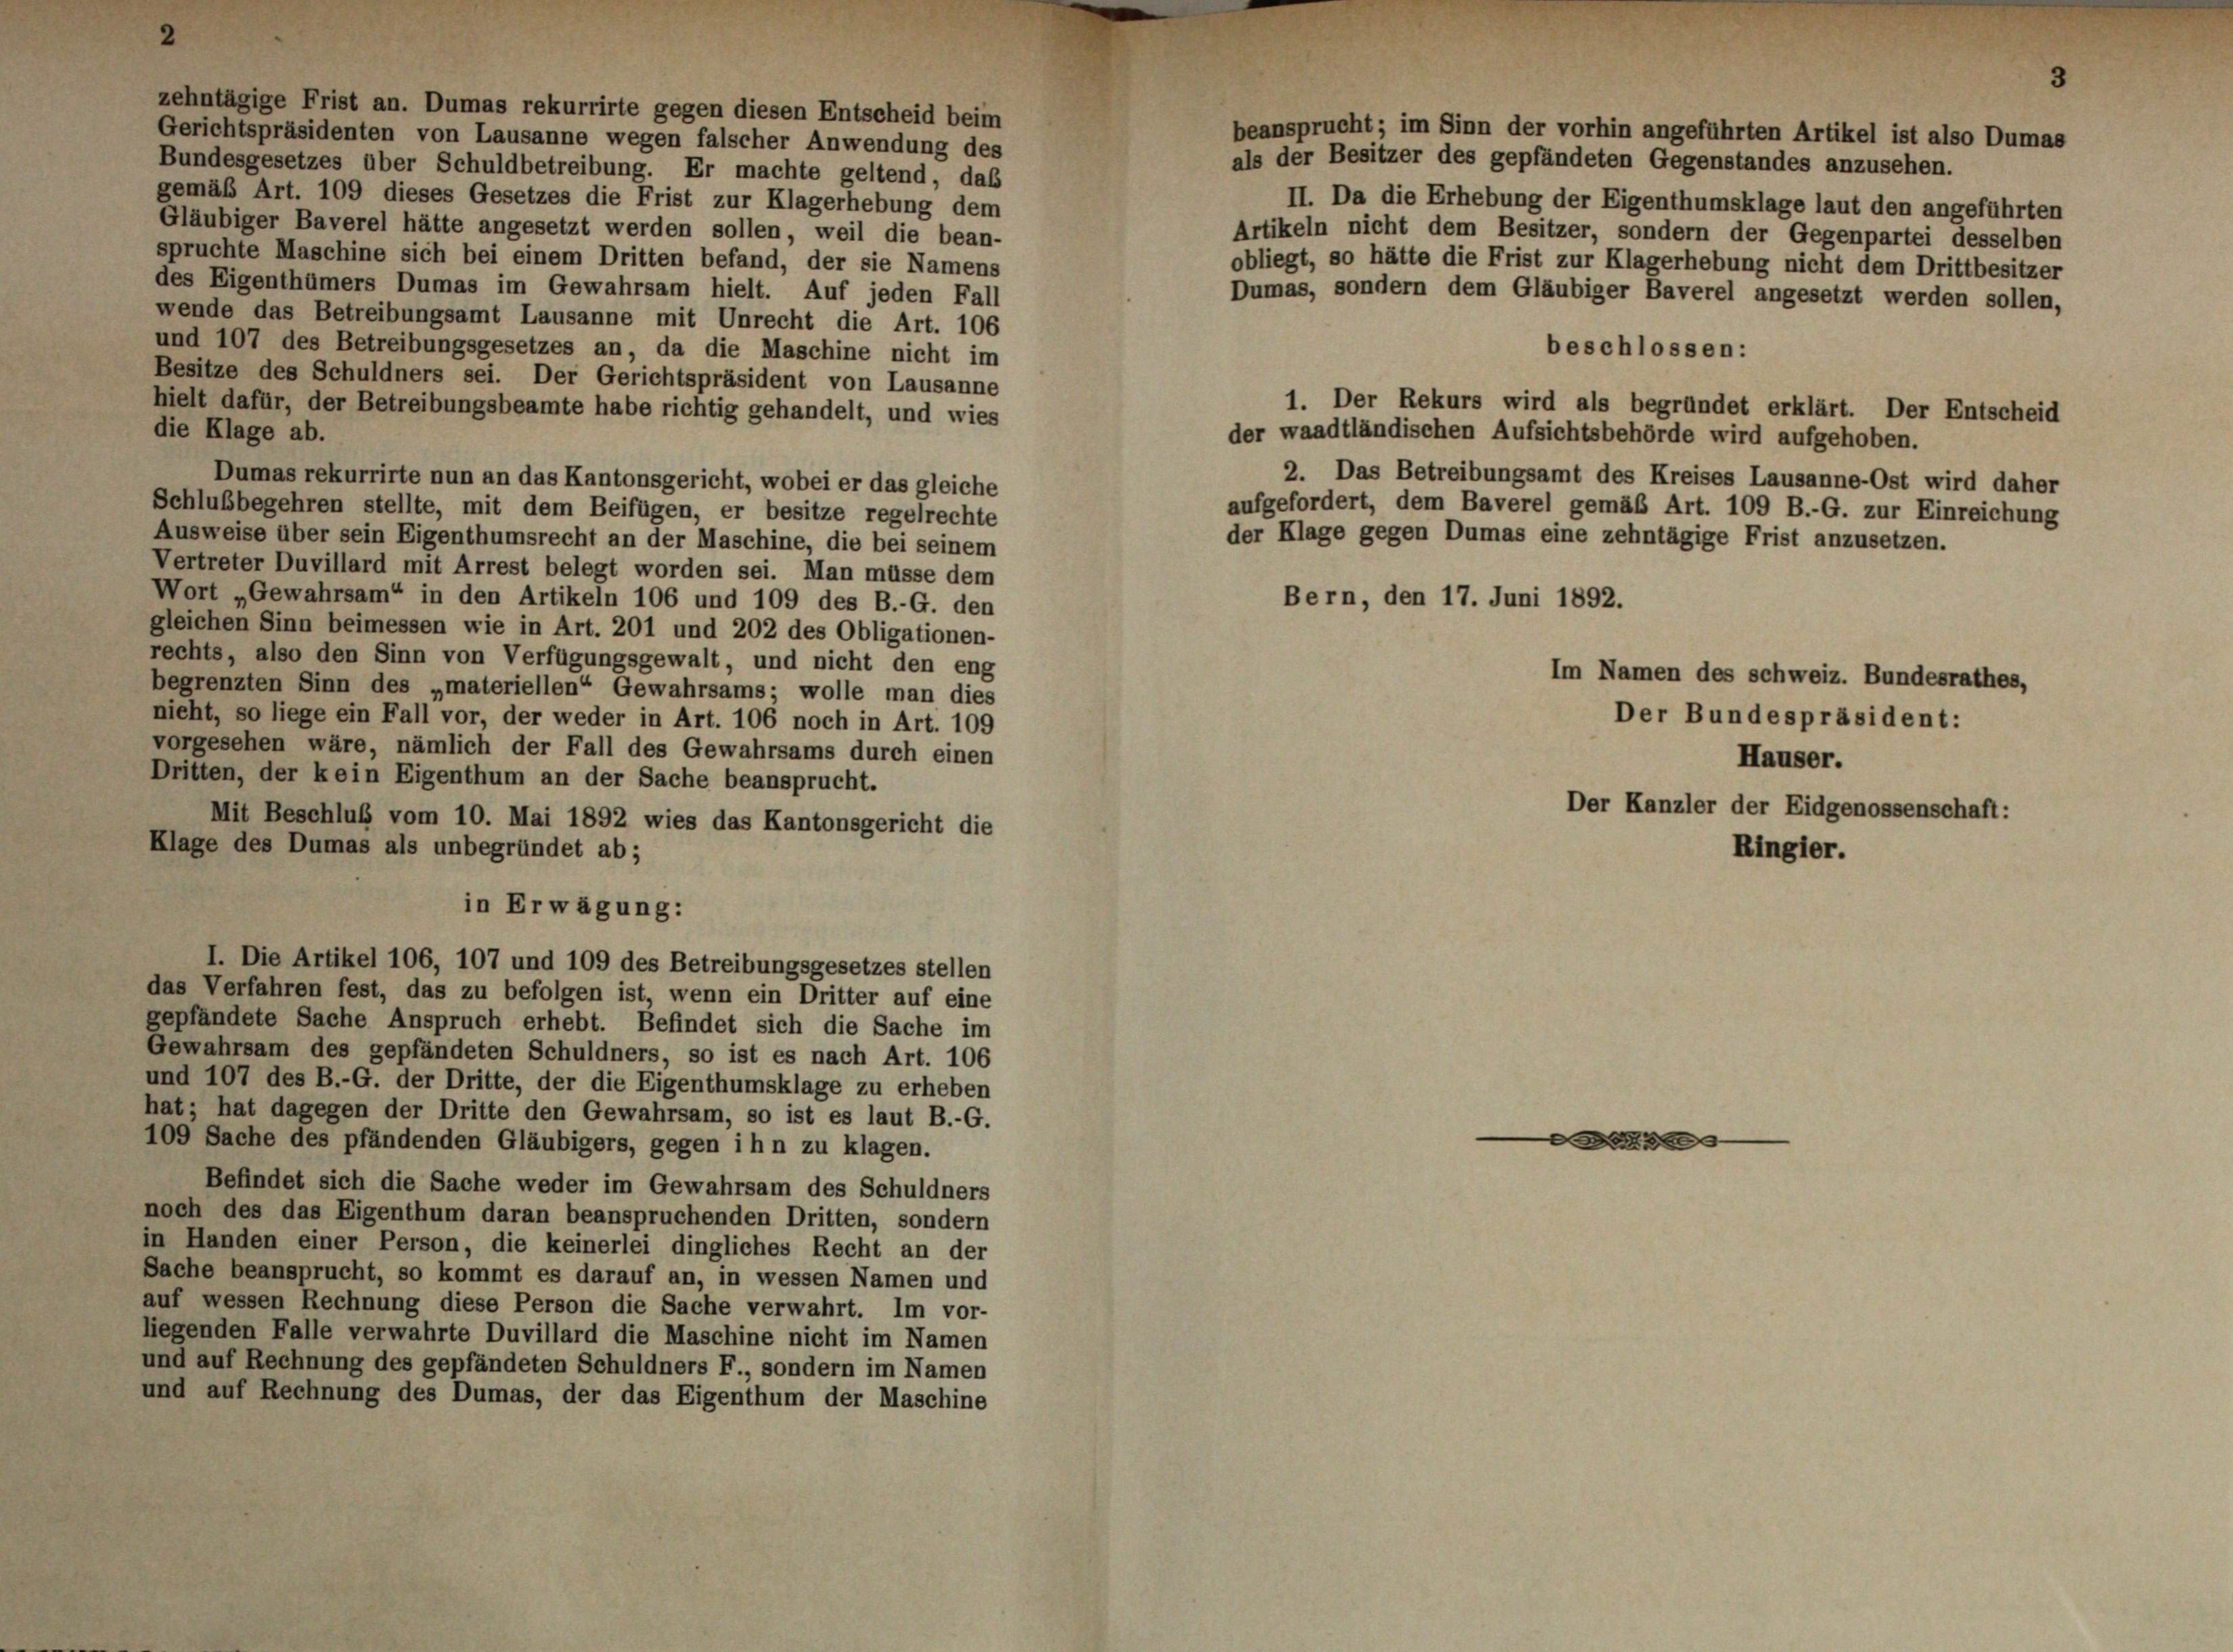
zehntägige Frist an. Dumas rekurrirte gegen diesen Entscheid beim
beansprucht; im Sinn der vorhin angeführten Artikel ist also Dumas
Gerichtspräsidenten von Lausanne wegen falscher Anwendung des
als der Besitzer des gepfändeten Gegenstandes anzusehen.
Bundesgesetzes über Schuldbetreibung. Er machte geltend, das
gemäß Art. 109 dieses Gesetzes die Frist zur Klagerhebung dem
II. Da die Erhebung der Eigenthumsklage laut den angeführten
Gläubiger Baverei hätte angesetzt werden sollen, weil die bean-
Artikeln nicht dem Besitzer, sondern der Gegenpartei desselben
spruchte Maschine sich bei einem Dritten befand, der sie Namens
obliegt, so hätte die Frist zur Klagerhebung nicht dem Drittbesitzer
des Eigenthümers Dumas im Gewahrsam hielt. Auf jeden Fall
Dumas, sondern dem Gläubiger Baverei angesetzt werden sollen
wende das Betreibungsamt Lausanne mit Unrecht die Art. 106
und 107 des Betreibungsgesetzes an, da die Maschine nicht im
beschlossen:
Besitze des Schuldners sei. Der Gerichtspräsident von Lausanne
1. Der Rekurs wird als begründet erklärt. Der Entscheid
hielt dafür, der Betreibungsbeamte habe richtig gehandelt, und wies
die Klage ab.
der waadtländischen Aufsichtsbehörde wird aufgehoben.
2. Das Betreibungsamt des Kreises Lausanne-Ost wird daher
Dumas rekurrirte nun an das Kantonsgericht, wobei er das gleiche
aufgefordert, dem Baverei gemäß Art. 109 B.-G. zur Einreichung
Schlußbegehren stellte, mit dem Beifügen, er besitze regelrechte
der Klage gegen Dumas eine zehntägige Frist anzusetzen.
Ausweise über sein Eigenthumsrecht an der Maschine, die bei seinem
Vertreter Duvillard mit Arrest belegt worden sei. Man müsse dem
Wort „Gewahrsam“ in den Artikeln 106 und 109 des B.-G. den
Bern, den 17. Juni 1892.
gleichen Sinn beimessen wie in Art. 201 und 202 des Obligationen-
rechts, also den Sinn von Verfügungsgewalt, und nicht den eng
Im Namen des schweiz. Bundesrathes,
begrenzten Sinn des „materiellen“ Gewahrsams; wolle man dies
Der Bundespräsident:
nieht, so liege ein Fall vor, der weder in Art. 106 noch in Art. 109
vorgesehen wäre, nämlich der Fall des Gewahrsams durch einen
Häuser.
Dritten, der kein Eigenthum an der Sache beansprucht.
Der Kanzler der Eidgenossenschaft:
Mit Beschluß vom 10. Mai 1892 wies das Kantonsgericht die
Klage des Dumas als unbegründet ab;
in Erwägung:
I. Die Artikel 106, 107 und 109 des Betreibungsgesetzes stellen
das Verfahren fest, das zu befolgen ist, wenn ein Dritter auf eine
gepfändete Sache Anspruch erhebt. Befindet sich die Sache im
Gewahrsam des gepfändeten Schuldners, so ist es nach Art. 106
und 107 des B.-G. der Dritte, der die Eigenthumsklage zu erheben
hat; hat dagegen der Dritte den Gewahrsam, so ist es laut B.-G.
109 Sache des pfändenden Gläubigers, gegen ihn zu klagen.
Befindet sich die Sache weder im Gewahrsam des Schuldners
noch des das Eigenthum daran beanspruchenden Dritten, sondern
in Handen einer Person, die keinerlei dingliches Recht an der
Sache beansprucht, so kommt es darauf an, in wessen Namen und
auf wessen Rechnung diese Person die Sache verwahrt. Im vor-
liegenden Falle verwahrte Duvillard die Maschine nicht im Namen
und auf Rechnung des gepfändeten Schuldners F., sondern im Namen
und auf Rechnung des Dumas, der das Eigenthum der Maschine

|

Ringier.

3